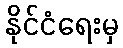
နိုင်ငံရေးမှ